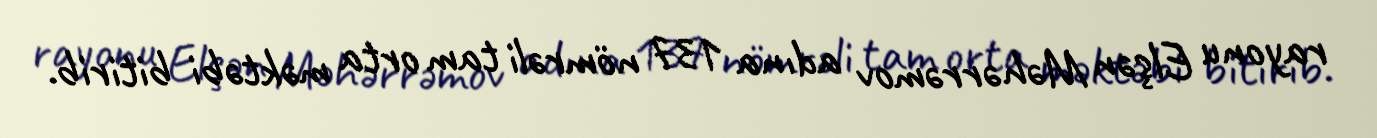
rayonu Elşən Məhərrəmov adına 137 nömrəli tam orta məktəbi bitirib.